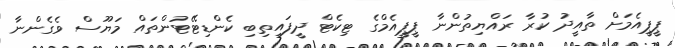
ޕީޕީއެމަށް ތާއީދު ކުރާ ރައްޔިތުންނާ ޕީޕީއެމްގެ ޓިކެޓް ދީފައިތިބި ކެންޑިޓޭޓުންތައް މަޔޫސް ވެގެންނާ